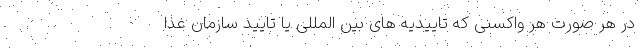
در هر صورت هر واکسنی که تاییدیه های بین المللی یا تایید سازمان غذا